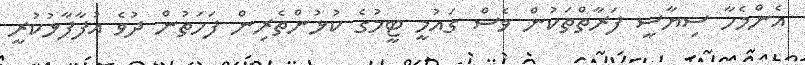
އެންމެހާ ސިޔާސީ ފަރާތްތަކުން ވެސް ގައުމީ ޓީމުގެ ކުޅުންތެރިން ފަހަތުން ދުވެ އުފާފާޅުކުރީ